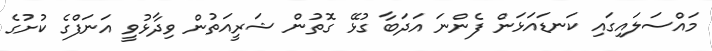
މައްސަލައިގައި ކަނޑައަޅަން ފެންނަ އަދަބާ ގުޅޭ ގޮތުން ޝަރީއަތުން ވިދާޅުވީ އަނަފްގެ ކުށުގެ